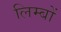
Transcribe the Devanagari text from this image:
लिम्बों